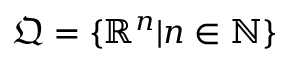
\mathfrak { Q } = \{ \mathbb { R } ^ { n } | n \in \mathbb { N } \}